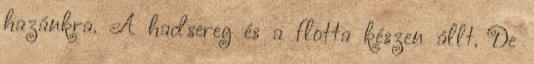
hazánkra. A hadsereg és a flotta készen állt. De